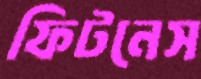
ফিটনেস